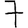
Digit: 7